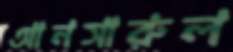
আনসারুল